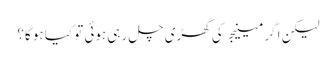
لیکن اگر مینیجر کی گھڑی چل رہی ہوئی تو کیا ہو گا؟